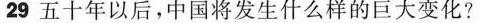
29 五十年以后,中国将发生什么样的巨大变化?